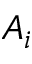
A _ { i }